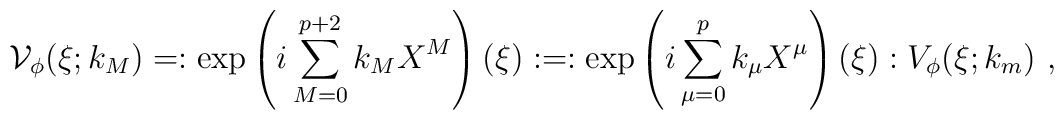
\mathcal{V}_{\phi}(\xi;k_{M})=:\exp\left( i\sum_{M=0}^{p+2}k_{M}X^{M}\right)(\xi): =:\exp\left( i\sum_{\mu=0}^{p}k_{\mu}X^{\mu}\right)(\xi): V_{\phi}(\xi;k_{m})~,